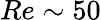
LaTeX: Re\sim 50